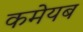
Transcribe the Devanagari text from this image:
कमेयब